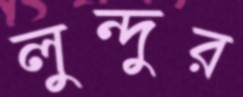
লুন্দুর